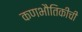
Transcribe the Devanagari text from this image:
कणभौतिकीची